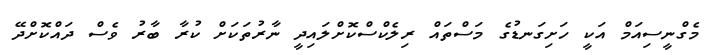
މެގްނީސިއަމް އަކީ ހަށިގަނޑުގެ މަސްތައް ރިލެކްސްކޮށްލައިދީ ނާރުތަކަށް ކުރާ ބާރު ވެސް ދައްކޮށްދޭ